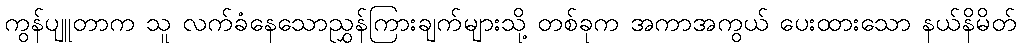
ကွန်ပျူတာက သူ လက်ခံနေသောညွှန်ကြားချက်များသို့ တစ်ခုက အကာအကွယ် ပေးထားသော နယ်နိမိတ်